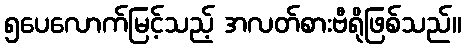
၅ပေလောက်မြင့်သည့် အလတ်စားဗီရိုဖြစ်သည်။